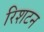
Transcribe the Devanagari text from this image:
रिशटन